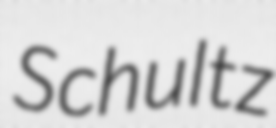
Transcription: Schultz